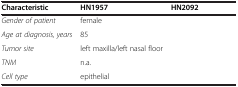
<table><thead><tr><td><b>Characteristic</b></td><td><b>HN1957</b></td><td><b>HN2092</b></td></tr></thead><tbody><tr><td><i>Gender of patient</i></td><td>female</td><td>[EMPTY_CELL]</td></tr><tr><td><i>Age at diagnosis, years</i></td><td>85</td><td>[EMPTY_CELL]</td></tr><tr><td><i>Tumor site</i></td><td>left maxilla/left nasal floor</td><td>[EMPTY_CELL]</td></tr><tr><td><i>TNM</i></td><td>n.a.</td><td>[EMPTY_CELL]</td></tr><tr><td><i>Cell type</i></td><td>epithelial</td><td>[EMPTY_CELL]</td></tr></tbody></table>